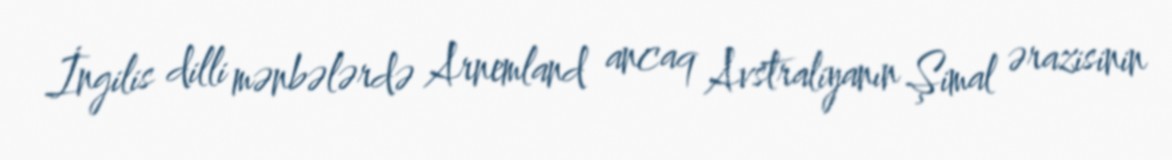
İngilis dilli mənbələrdə Arnemland ancaq Avstraliyanın Şimal ərazisinin